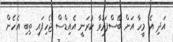
އަދި އެ މީހާ އަށް ބޭސްފަރުވާ ކުރަނީ އެއިޑްސް ޖެހިފައި ތިބި އެހެން